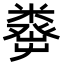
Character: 𥼈